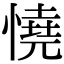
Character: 憢